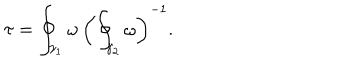
\tau = \oint _ { \gamma _ { 1 } } \omega \, \left( \oint _ { \gamma _ { 2 } } \omega \right) ^ { - 1 } .